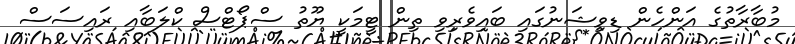
މުބާރާތުގެ އަންހެން ޑިވިޝަނުގައި ބައިވެރިވި ތިން ޓީމަކީ ޔޫތު ސްޕޯޓްސް ކްލަބާއި ރައިސަސް